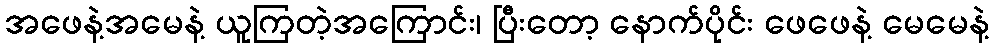
အဖေနဲ့အမေနဲ့ ယူကြတဲ့အကြောင်း၊ ပြီးတော့ နောက်ပိုင်း ဖေဖေနဲ့ မေမေနဲ့